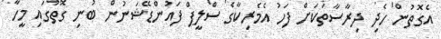
އެގޮތުން ހެދި ދިރާސާތަކަށް ފަހު އެމެރިކާގެ ސްލީޕް ފައުންޑޭޝަނުން ބުނި ގޮތުގައި މީހާ